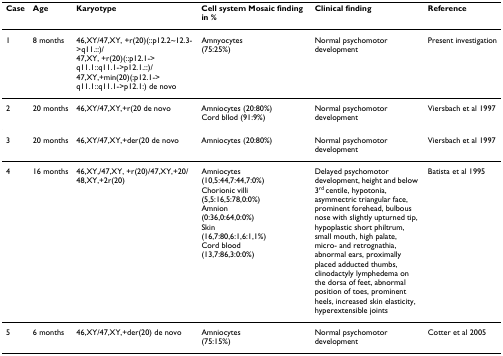
<table><thead><tr><td><b>Case</b></td><td><b>Age</b></td><td><b>Karyotype</b></td><td><b>Cell system Mosaic finding in %</b></td><td><b>Clinical finding</b></td><td><b>Reference</b></td></tr></thead><tbody><tr><td>1</td><td>8 months</td><td>46,XY/47,XY, +r(20)(::p12.2~12.3-&gt;q11.::)/47,XY, +r(20)(::p12.1-&gt;q11.1::q11.1-&gt;p12.1.::)/47,XY,+min(20)(:p12.1-&gt;q11.1::q11.1-&gt;p12.1:) de novo</td><td>Amnyocytes(75:25%)</td><td>Normal psychomotor development</td><td>Present investigation</td></tr><tr><td>2</td><td>20 months</td><td>46,XY/47,XY,+r(20 de novo</td><td>Amniocytes (20:80%)Cord bllod (91:9%)</td><td>Normal psychomotor development</td><td>Viersbach et al 1997</td></tr><tr><td>3</td><td>20 months</td><td>46,XY/47,XY,+der(20 de novo</td><td>Amniocytes (20:80%)</td><td>Normal psychomotor development</td><td>Viersbach et al 1997</td></tr><tr><td>4</td><td>16 months</td><td>46,XY,/47,XY, +r(20)/47,XY,+20/48,XY,+2r(20)</td><td>Amniocytes(10,5:44,7:44,7:0%)Chorionic villi(5,5:16,5:78,0:0%)Amnion(0:36,0:64,0:0%)Skin(16,7:80,6:1,6:1,1%)Cord blood(13,7:86,3:0:0%)</td><td>Delayed psychomotor development, height and below 3<sup>rd </sup>centile, hypotonia, asymmectric triangular face, prominent forehead, bulbous nose with slightly upturned tip, hypoplastic short philtrum, small mouth, high palate, micro- and retrognathia, abnormal ears, proximally placed adducted thumbs, clinodactyly lymphedema on the dorsa of feet, abnormal position of toes, prominent heels, increased skin elasticity, hyperextensible joints</td><td>Batista et al 1995</td></tr><tr><td>5</td><td>6 months</td><td>46,XY/47,XY,+der(20) de novo</td><td>Amniocytes(75:15%)</td><td>Normal psychomotor development</td><td>Cotter et al 2005</td></tr></tbody></table>